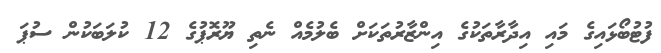
ފުޓުބޯޅައިގެ މައި އިދާރާތަކުގެ އިންޒާރުތަކަށް ބެލުމެއް ނެތި ޔޫރޮޕުގެ 12 ކުލަބަކުން ސުޕަ